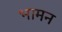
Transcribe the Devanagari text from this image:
भामन